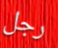
رجل